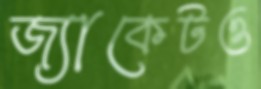
জ্যাকেটও